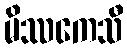
မိဿကေသီ